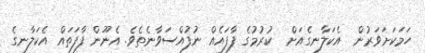
ހަމަކަށަވަރުން  އެކަލާނގެއަށް  ކުރުމުގެ ފާފައެއް ނުފުއްސަވާނެތެވެ. އެނޫން ފާފަތައް އެކަލާނގެ